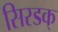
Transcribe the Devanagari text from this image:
सिरडक्